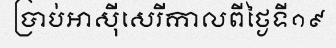
ប្រាប់អាស៊ីសេរីកាលពីថ្ងៃទី១៩